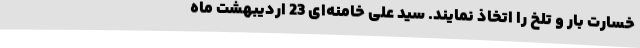
خسارت بار و تلخ را اتخاذ نمایند. سید علی خامنه‌ای 23 اردیبهشت ماه